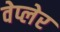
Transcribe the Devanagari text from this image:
वेप्लेर